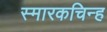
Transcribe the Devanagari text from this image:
स्मारकचिन्ह